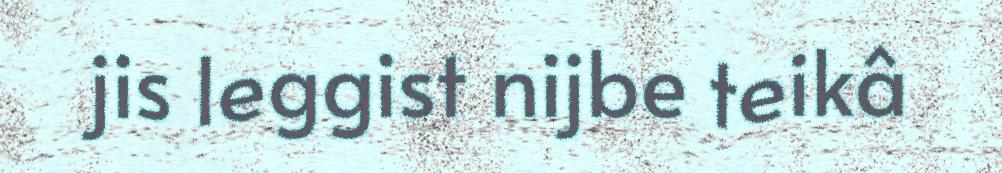
jis leggist nijbe teikâ